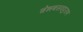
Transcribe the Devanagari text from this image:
चेन्नबसवपुराण